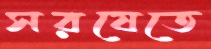
সরষেতে